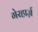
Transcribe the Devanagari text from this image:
गेरहार्ज़